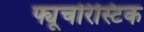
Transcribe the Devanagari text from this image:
फ्यूचरिस्टिक